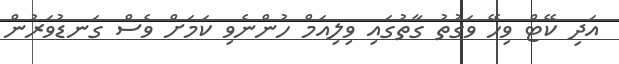
އަދި ކޭޓް ވިހޭ ވަގުތު ގާތުގައި ވިލިއަމް ހުންނެވި ކަމަށް ވެސް ގަނޑުވަރުން